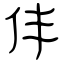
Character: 仹